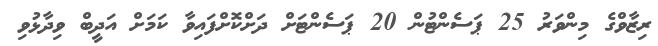
ރިޒާވްގެ މިންވަރު 25 ޕަސެންޓުން 20 ޕަސެންޓަށް ދަށްކޮށްފައިވާ ކަމަށް އަދީބް ވިދާޅުވި